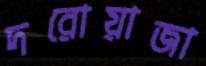
দরোয়াজা